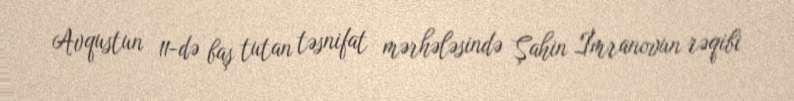
Avqustun 11-də baş tutan təsnifat mərhələsində Şahin İmranovun rəqibi